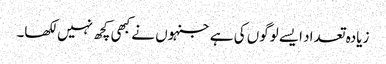
زیادہ تعداد ایسے لوگوں کی ہے جنہوں نے کبھی کچھ نہیں لکھا۔